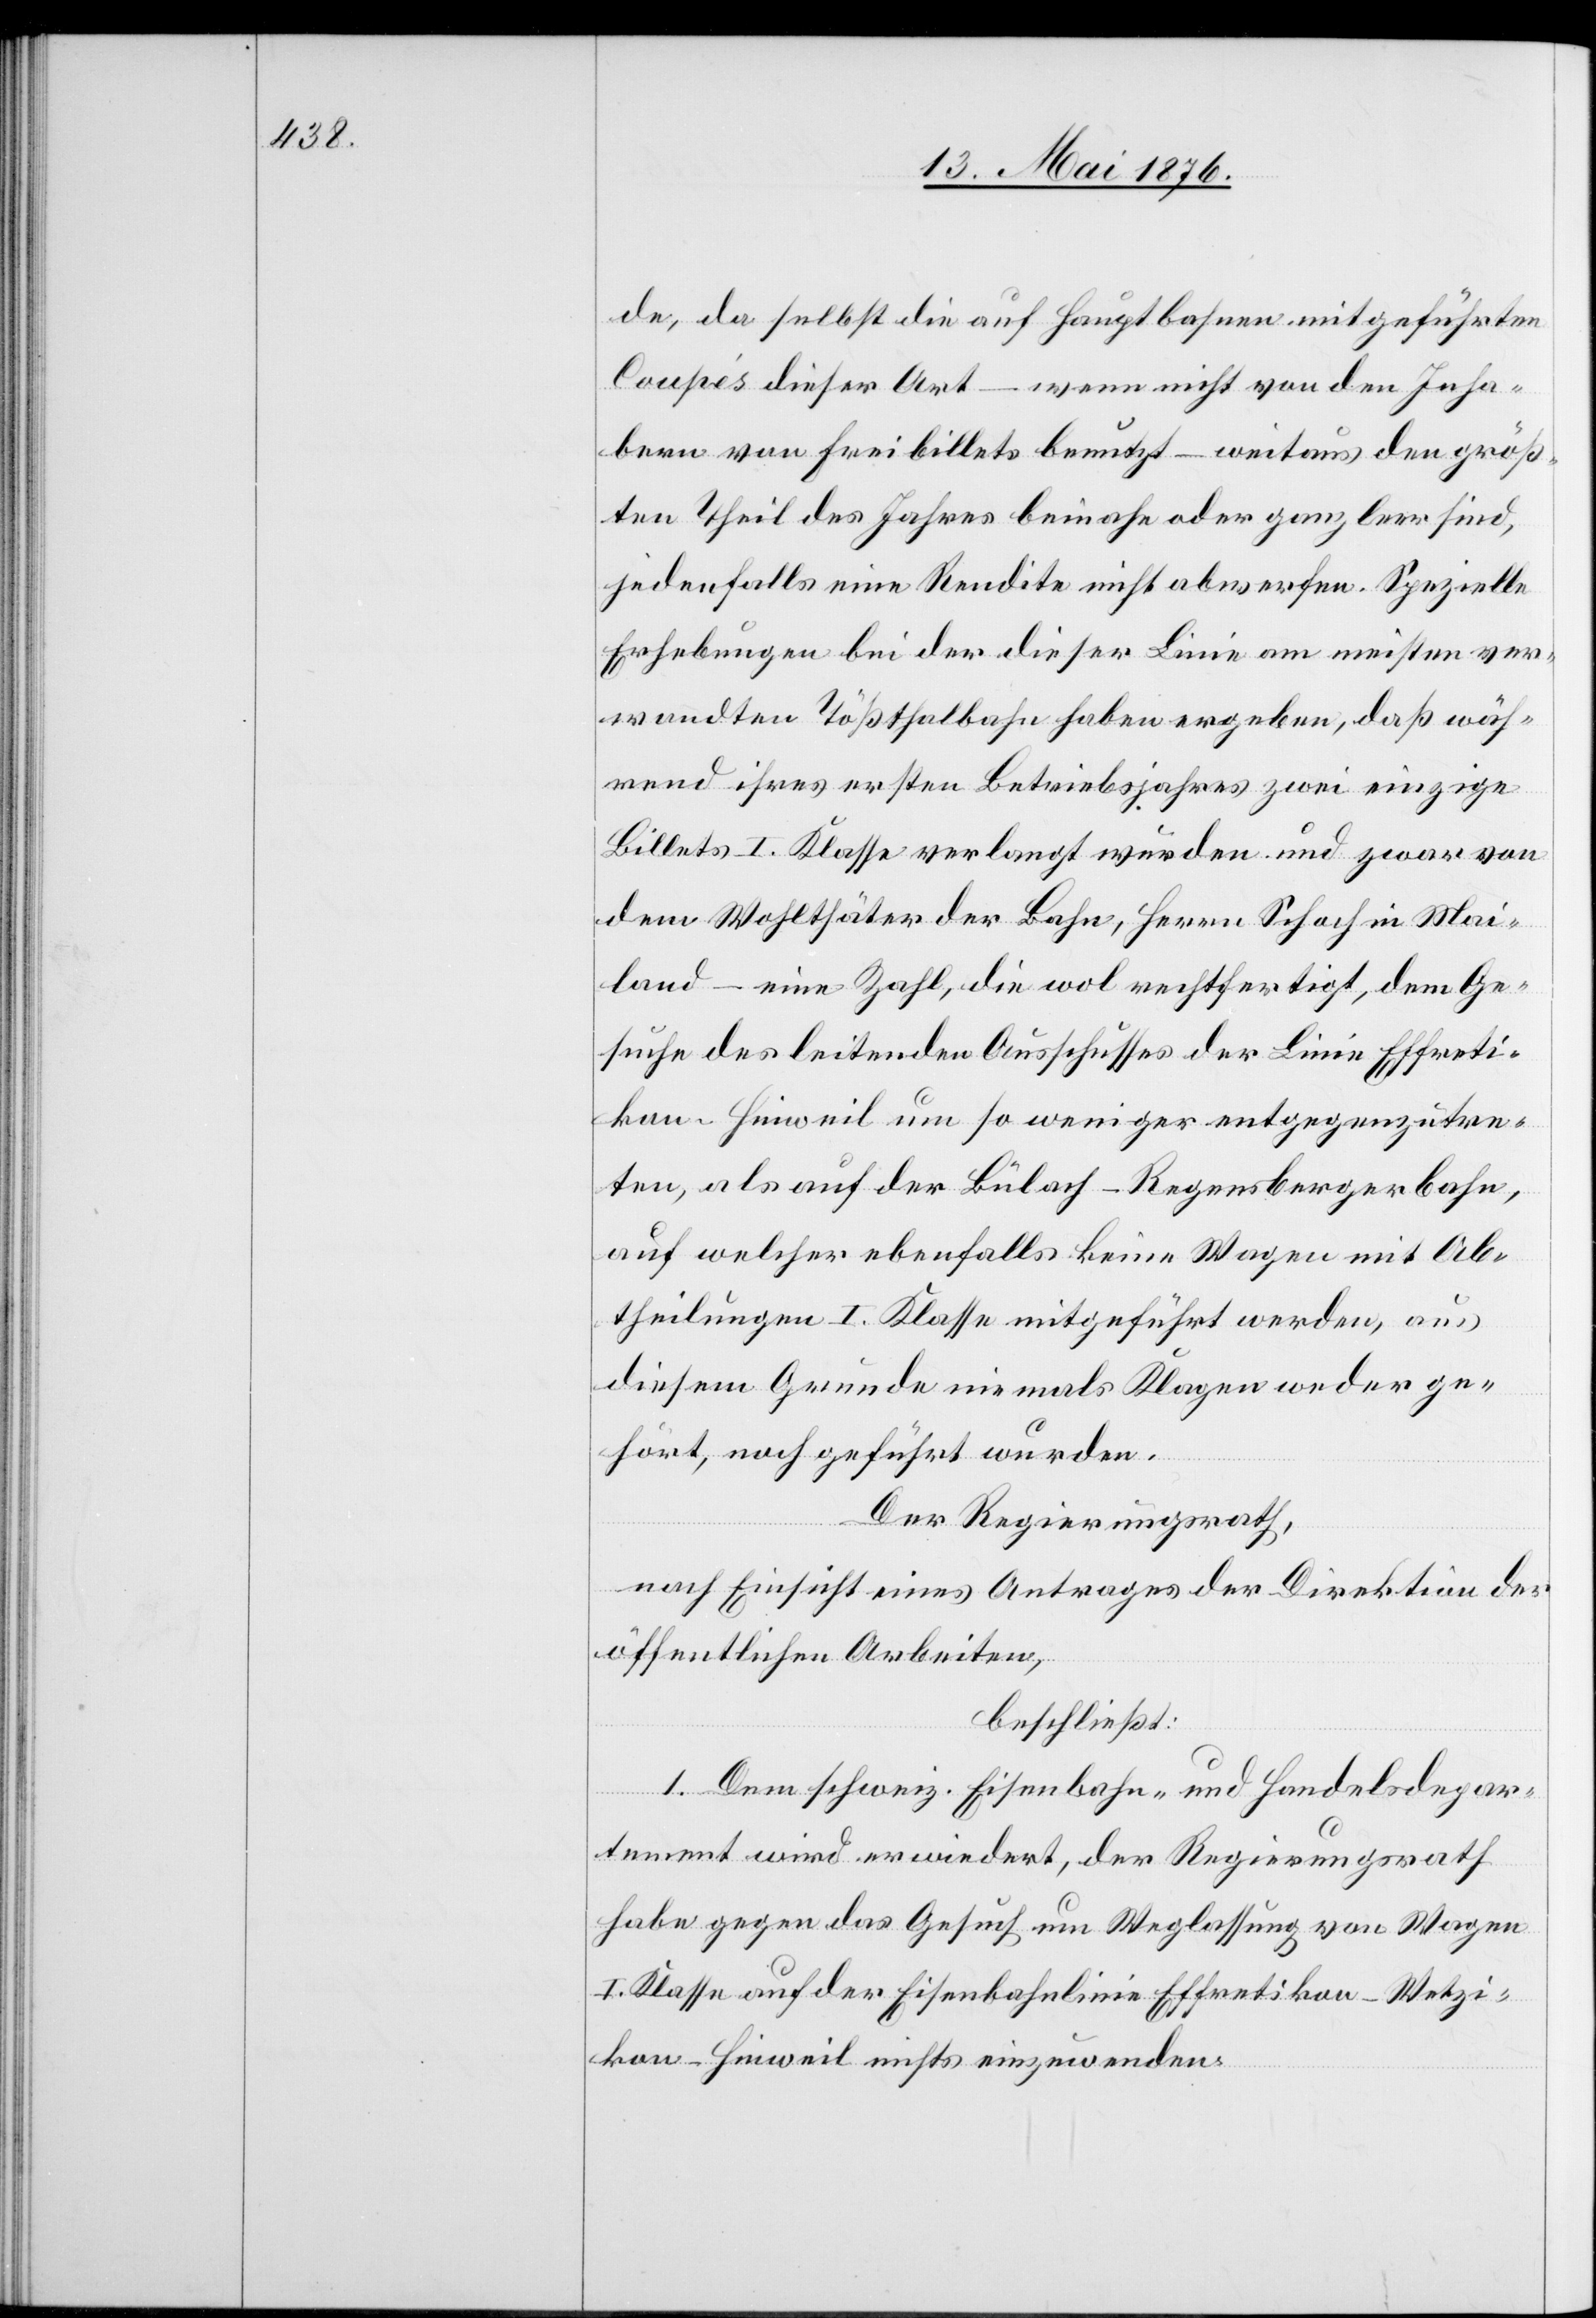
de, da selbst die auf Hauptbahnen mitgeführten
Coupés dieser Art – wenn nicht von den Inha¬
bern von Freibillets benutzt – weitaus den größ¬
ten Theil des Jahres beinahe oder ganz leer sind,
jedenfalls eine Rendite nicht abwerfen. Spezielle
Erhebungen bei der dieser Linie am meisten ver¬
wandten Tößthalbahn haben ergeben, daß wäh¬
rend ihres ersten Betriebsjahres zwei einzige
Billets I. Klasse verlangt wurden und zwar von
dem Wohlthäter der Bahn, Herrn Schoch in Mai¬
land – eine Zahl, die wo, rechtfertigt, dem Ge¬
such des leitenden Ausschusses der Linie Effreti¬
kon–Hinweil um so weniger entgegenzutre¬
ten, als auf der Bülach–Regensburgerbahn,
auf welcher ebenfalls keine Wagen mit Ab¬
theilungen I. Klasse mitgeführt werden, aus
diesem Grunde niemals Klagen weder ge¬
hört, noch geführt werden.
Der Regierungsrath,
nach Einsicht eines Antrages der Direktion der
öffentlichen Arbeiten,
beschließt:
1. Dem schweiz. Eisenbahn- und Handelsdepar¬
tement wird erwiedert, der Regierungsrath
habe gegen das Gesuch um Weglassung von Wagen
I. Klasse auf der Eisenbahnlinie Effretikon–Wetzi¬
kon–Hinweil nichts einzuwenden.